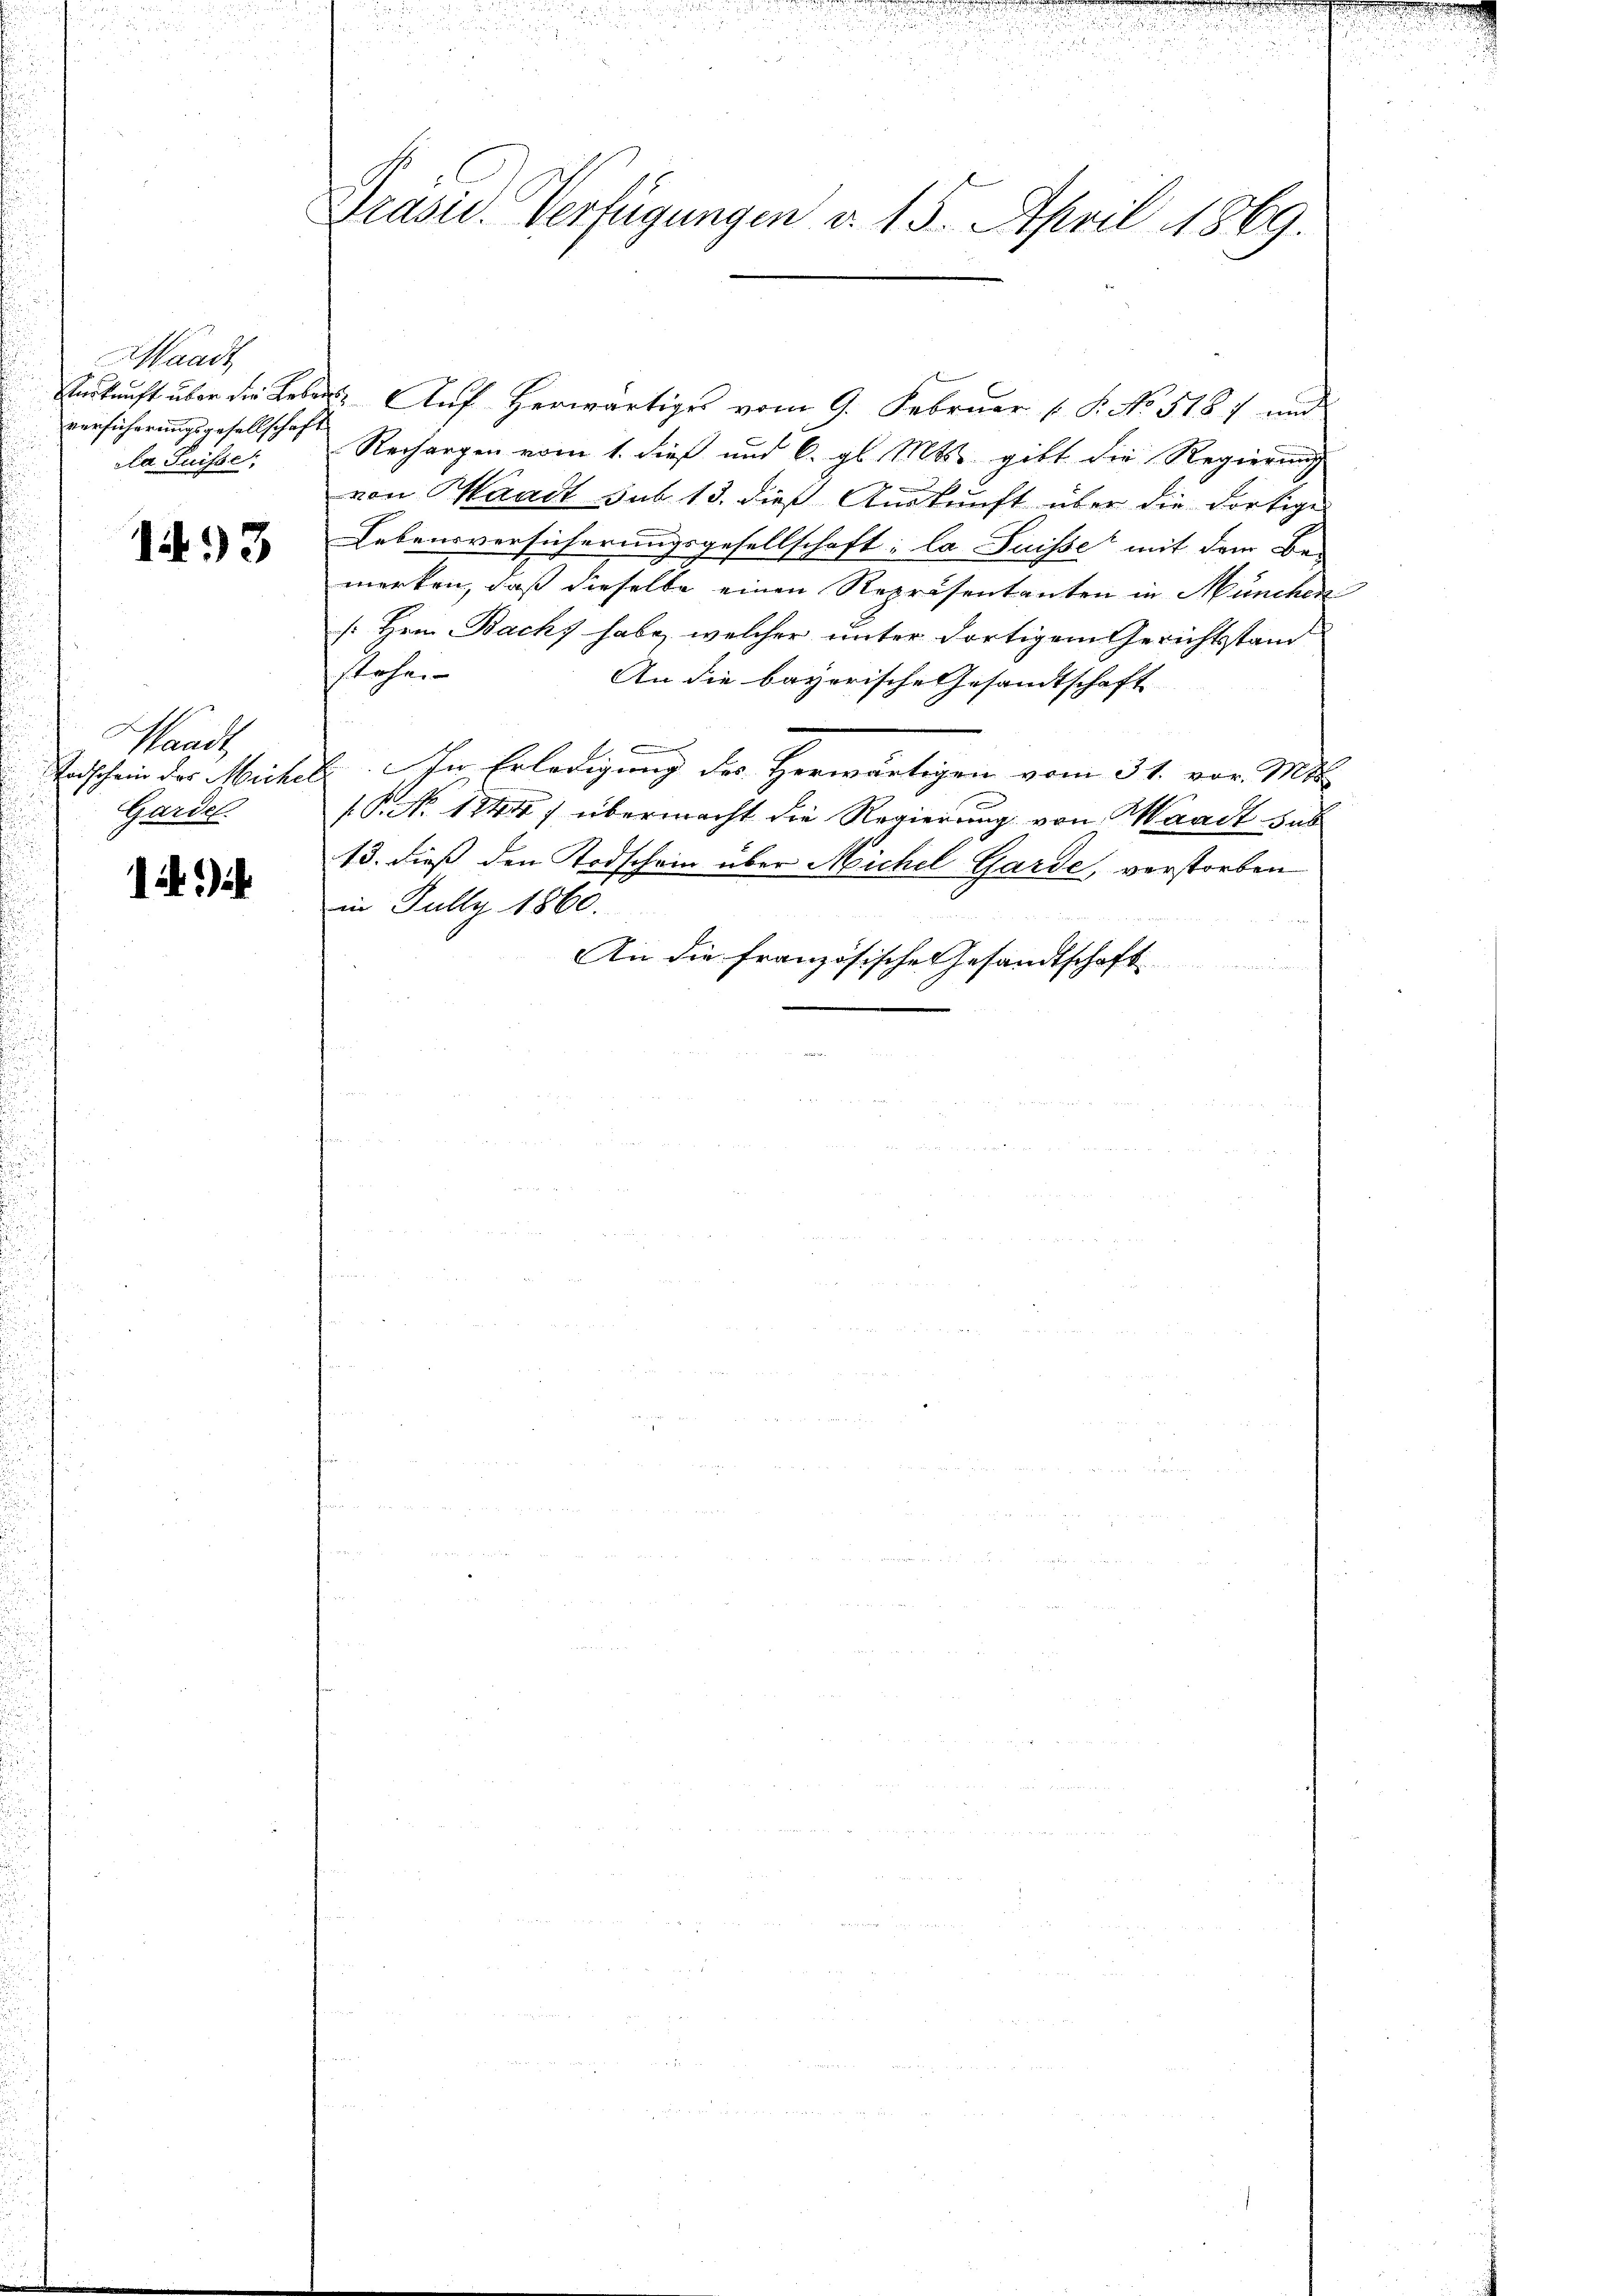
Waadt
Verkunft über die Lebe
versihrrungsgesellschaft
cla Suisse

1493

Waadt,
Todschein der Miche
Gardel.

12)

Präsid. Verfügungen v. 15. April 1869.

. Aŭf herwärtiges vom 9. Februar ( P. No 518 und
Rechangen vom 1. dieß und 6. gl. Mts. gibt die Regierung
von Waadt sub 13. dieß Auskunft über die dortige
Lebensversicherungsgesellschaft: la Suisse mit dem Be-
merken, daß dieselbe einen Repräsentanten in München
[Hrn. Bach, habe, welcher unter dortigem Gerichtsstand
stehe.
An die bayerische Gesandtschaft
.
E. In Erledigung des Herwärtigen vom 31. vor. Mt
1. No. 1144) übermacht die Regierung von Waadt sub
13. dieß den Todschein über Michel Garde, verstorben
in Jully 1860.
An die französische Gesandtschaft

n

5